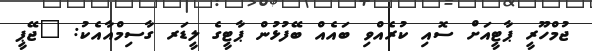
ޖުމްހޫރީ ޕާޓީއަށް ސޮއި ކުރެއްވި ބައެއް ބޭފުޅުން ޕާޓީގެ ލީޑަރ ގާސިމްއާއެކު: "ޖޭޕީ